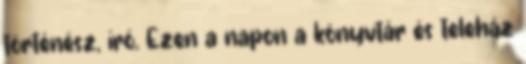
történész, író. Ezen a napon a könyvtár és teleház